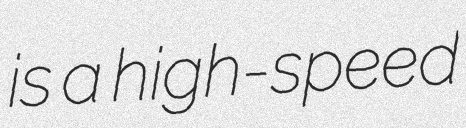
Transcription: is a high-speed